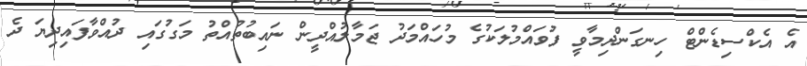
އެ އެކްސިޑެންޓް ހިނގަންދިމާވީ ފުވައްމުލަކުގެ މުހައްމަދު ޖަމާލުއްދީން ނައިބުތުއްތު މަގުގައި ދުއްވާފައިދިޔަ ދެ